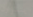
ينشرون